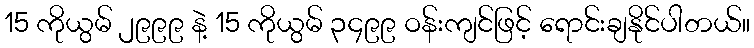
15 ကိုယွမ် ၂၉၉၉ နဲ့ 15 ကိုယွမ် ၃၄၉၉ ဝန်းကျင်ဖြင့် ရောင်းချနိုင်ပါတယ်။